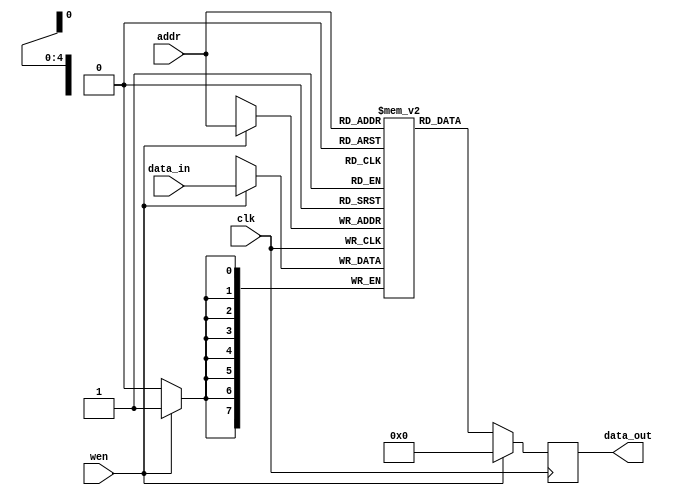
`timescale 1ns / 1ps

module reg_mem (addr, data_in, wen, clk, data_out);

    parameter DATA_WIDTH = 8; //8 bit wide data
    parameter ADDR_BITS = 5; //32 Addresses

    input [ADDR_BITS-1:0] addr;
    input [DATA_WIDTH-1:0] data_in;
    input wen;
    input clk;
    output [DATA_WIDTH-1:0] data_out;

    reg [DATA_WIDTH-1:0] data_out;

    //8 memory locations each storing a 4bits wide value
    reg [DATA_WIDTH-1:0] mem_array [(2**ADDR_BITS)-1:0];

    always @(posedge clk) begin

        if (wen) begin //Write
            mem_array [addr] <= data_in;
            data_out <= #(DATA_WIDTH)'b0;
        end

        else begin //Read
            data_out <= mem_array[addr];
        end
    end

endmodule